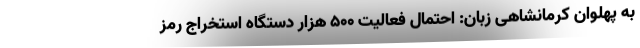
به پهلوان کرمانشاهیِ زبان: احتمال فعالیت ۵۰۰ هزار دستگاه استخراج رمز